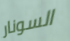
السونار